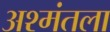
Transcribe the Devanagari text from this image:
अश्मंतला